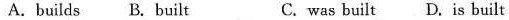
A. builds B. built C. was built D .is built